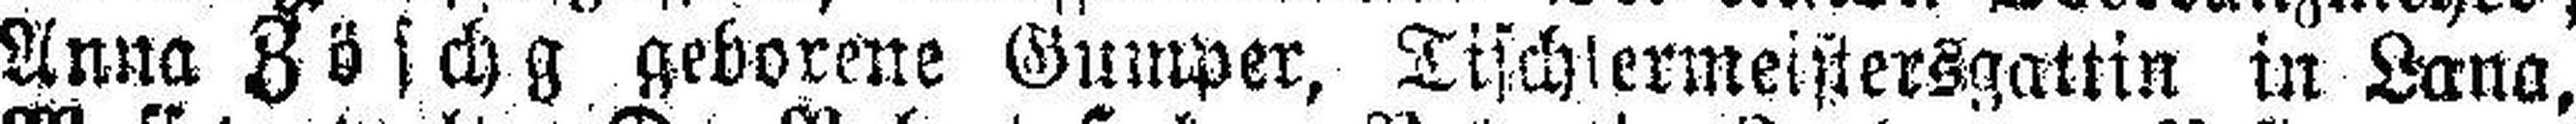
Anna Zöschg geborene Gumper, Tischlermeistersgattin in Lana,